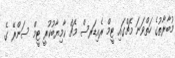
މުބާރާތުގެ ހަތްވަނަ މެޗްގައި ޓީމް ރެއިޑަރސް މެޗް ކާމިޔާބުކުރީ ޓީމް ސަންރޭ ގެ